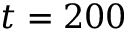
t = 2 0 0